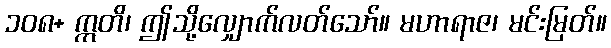
၁၀၈+ ဣတိ၊ ဤသို့လျှောက်လတ်သော်။ မဟာရာဇ၊ မင်းမြတ်။